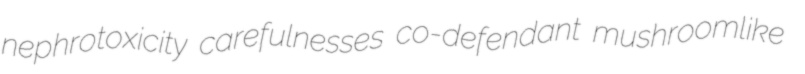
nephrotoxicity carefulnesses co-defendant mushroomlike